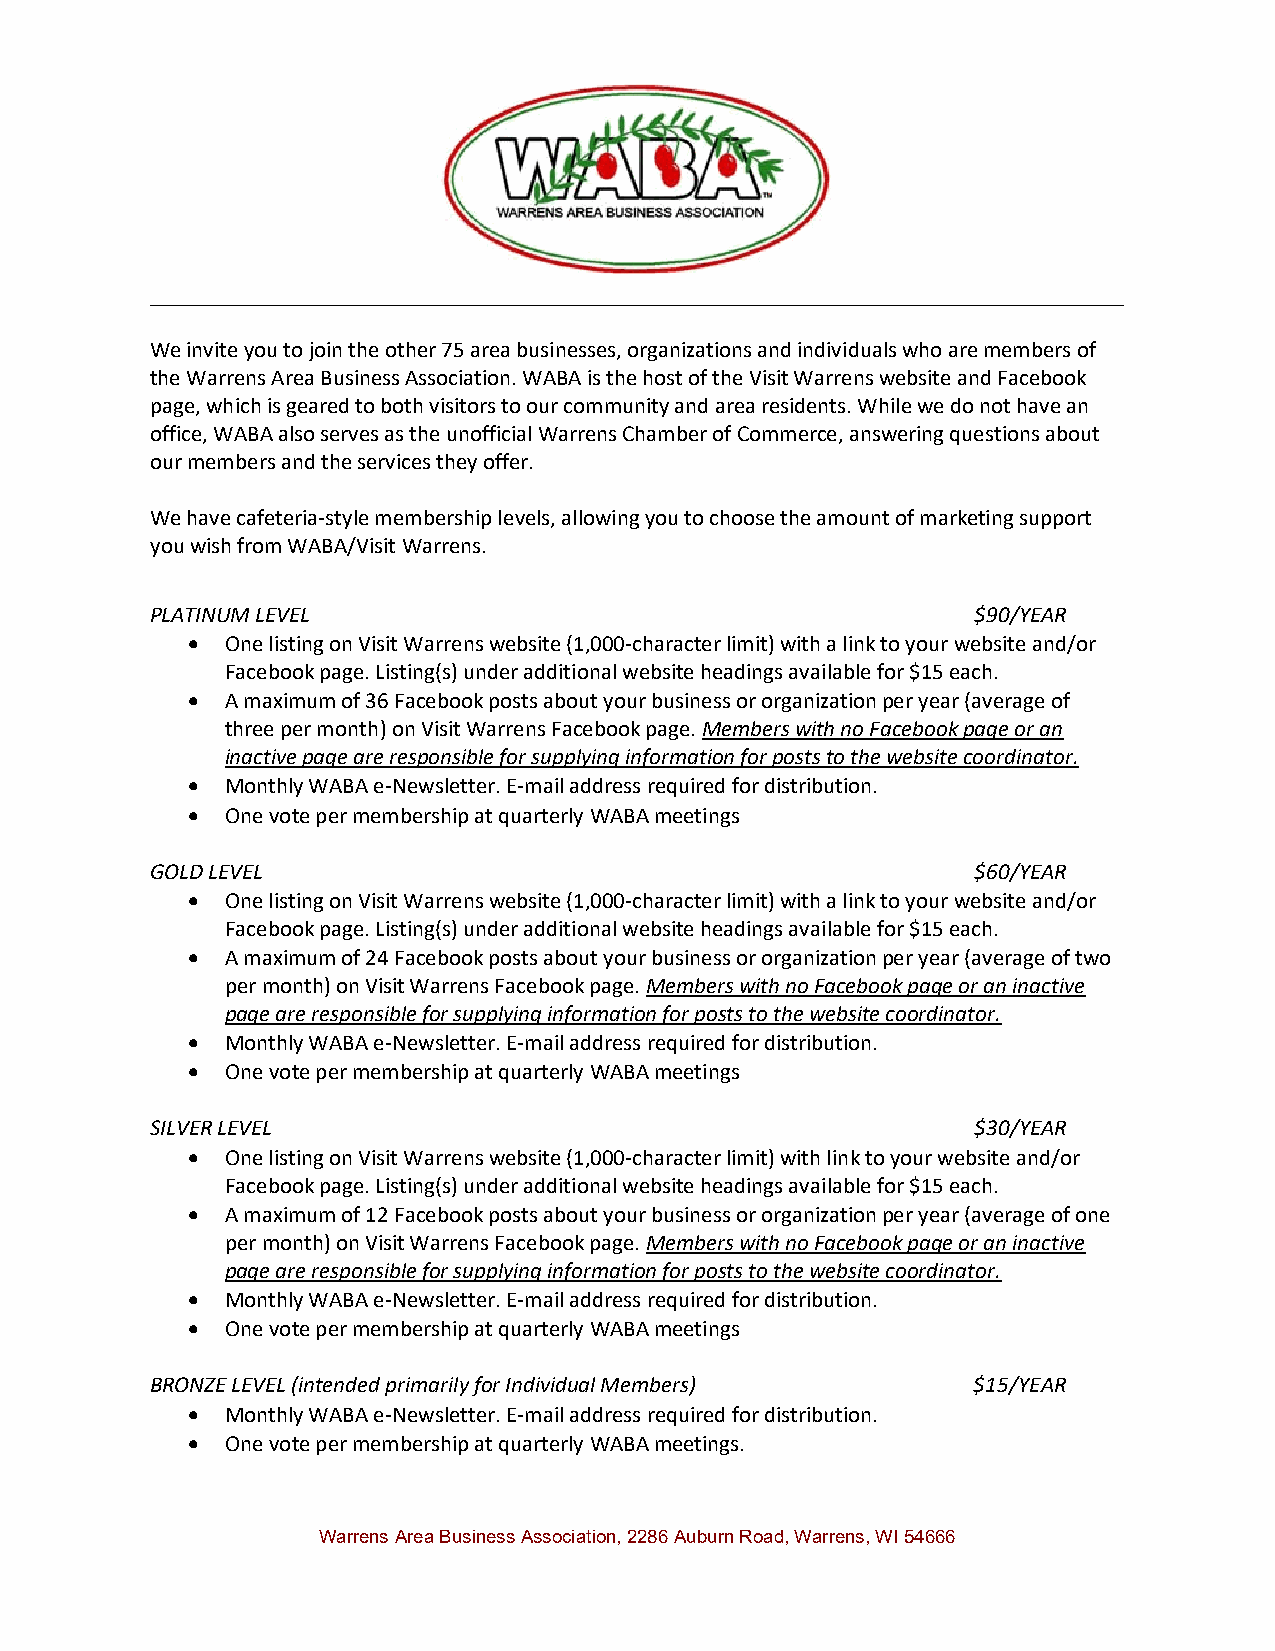
______________________________________________________________________________
 We invite you to join the other 75 area businesses, organizations and individuals who are members of
 the Warrens Area Business Association. WABA is the host of the Visit Warrens website and Facebook
 page, which is geared to both visitors to our community and area residents. While we do not have an
 office, WABA also serves as the unofficial Warrens Chamber of Commerce, answering questions about
 our members and the services they offer.
 We have cafeteria-style membership levels, allowing you to choose the amount of marketing support
 you wish from WABA/Visit Warrens.
 PLATINUM LEVEL                                         $90/YEAR
   One listing on Visit Warrens website (1,000-character limit) with a link to your website and/or
 Facebook page. Listing(s) under additional website headings available for $15 each.
   A maximum of 36 Facebook posts about your business or organization per year (average of
 three per month) on Visit Warrens Facebook page. Members with no Facebook page or an
 inactive page are responsible for supplying information for posts to the website coordinator.
   Monthly WABA e-Newsletter. E-mail address required for distribution.
   One vote per membership at quarterly WABA meetings
 GOLD LEVEL                                             $60/YEAR
   One listing on Visit Warrens website (1,000-character limit) with a link to your website and/or
 Facebook page. Listing(s) under additional website headings available for $15 each.
   A maximum of 24 Facebook posts about your business or organization per year (average of two
 per month) on Visit Warrens Facebook page. Members with no Facebook page or an inactive
 page are responsible for supplying information for posts to the website coordinator.
   Monthly WABA e-Newsletter. E-mail address required for distribution.
   One vote per membership at quarterly WABA meetings
 SILVER LEVEL                                           $30/YEAR
   One listing on Visit Warrens website (1,000-character limit) with link to your website and/or
 Facebook page. Listing(s) under additional website headings available for $15 each.
   A maximum of 12 Facebook posts about your business or organization per year (average of one
 per month) on Visit Warrens Facebook page. Members with no Facebook page or an inactive
 page are responsible for supplying information for posts to the website coordinator.
   Monthly WABA e-Newsletter. E-mail address required for distribution.
   One vote per membership at quarterly WABA meetings
 BRONZE LEVEL (intended primarily for Individual Members) $15/YEAR
   Monthly WABA e-Newsletter. E-mail address required for distribution.
   One vote per membership at quarterly WABA meetings.
 Warrens Area Business Association, 2286 Auburn Road, Warrens, WI 54666